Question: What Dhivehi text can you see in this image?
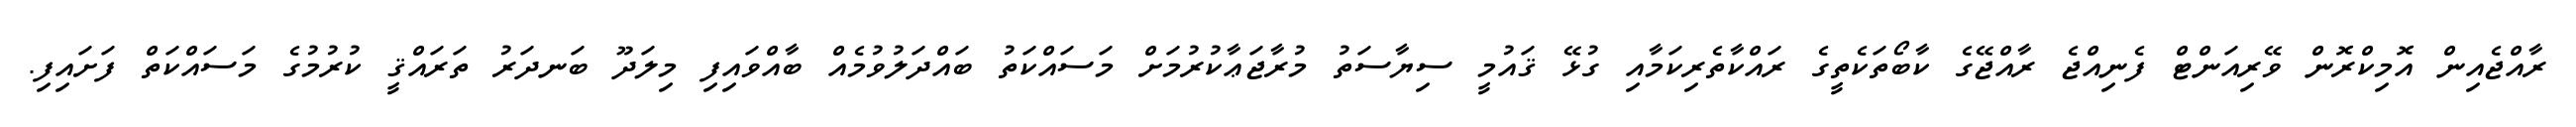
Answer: ރާއްޖެއިން އޮމިކްރޮން ވޭރިއަންޓް ފެނިއްޖެ ރާއްޖޭގެ ކާބޯތަކެތީގެ ރައްކާތެރިކަމާއި ގުޅޭ ޤައުމީ ސިޔާސަތު މުރާޖަޢާކުރުމަށް މަސައްކަތު ބައްދަލުވުމެއް ބާއްވައިފި މިލަދޫ ބަނދަރު ތަރައްޤީ ކުރުމުގެ މަސައްކަތް ފަށައިފި.